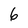
Character: 6